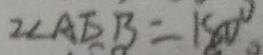
2 \angle A E B = 1 8 0 ^ { \circ }